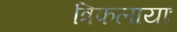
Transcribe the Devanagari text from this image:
त्रिफलायाः